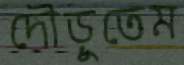
দৌড়ুতেম